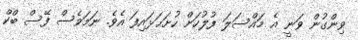
ވިންގުން ވަނީ އެ މައްސަލަ ފުލުހަށް ހުށަޙަޅައިފަ އެވެ. ނަމަވެސް ފޭސް ބްކް